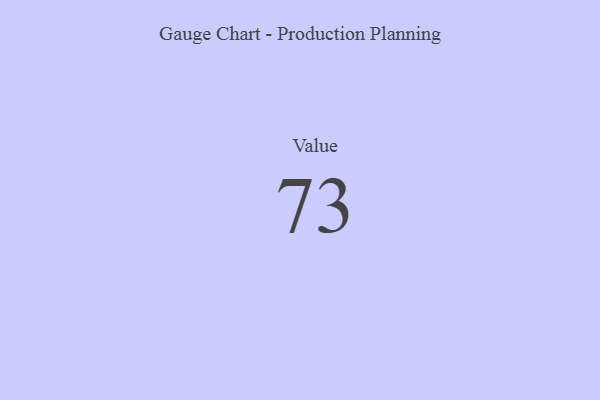
{"axis": {"x": "Metric", "y": "Value"}, "legend": [""], "data": [{"x": "Value", "y": 73, "type": ""}]}